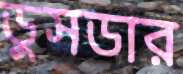
ডুসডার